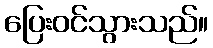
ပြေးဝင်သွားသည်။